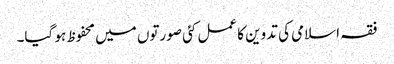
فقہ اسلامی کی تدوین کا عمل کئی صورتوں میں محفوظ ہو گیا۔